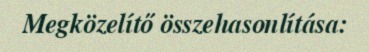
Megközelítő összehasonlítása: